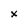
Character: x